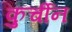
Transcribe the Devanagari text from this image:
कुर्चीन